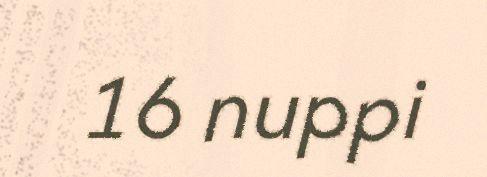
16 nuppi